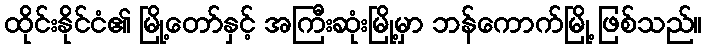
ထိုင်းနိုင်ငံ၏ မြို့တော်နှင့် အကြီးဆုံးမြို့မှာ ဘန်ကောက်မြို့ ဖြစ်သည်။